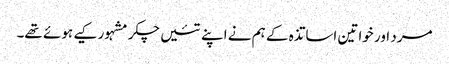
مرد اور خواتین اساتذہ کے ہم نے اپنے تئیں چکر مشہور کیے ہوئے تھے۔